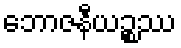
ဘောဇနီယဉ္စဿ